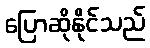
ပြောဆိုနိုင်သည်